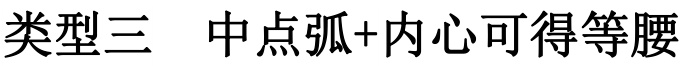
类型三  中点弧+内心可得等腰